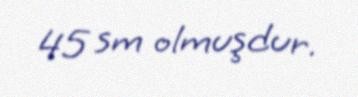
45 sm olmuşdur.